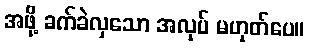
အဖို့ ခက်ခဲလှသော အလုပ် မဟုတ်ပေ။